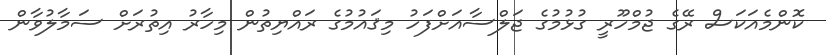
ކޮންމެއަކަސް ރޭގެ ޖުމްހޫރީ ގުޅުމުގެ ޖަލްސާއަށްފަހު މިޤައުމުގެ ރައްޔިތުން މިހާރު އިތުރަށް ސަމާލުވާން